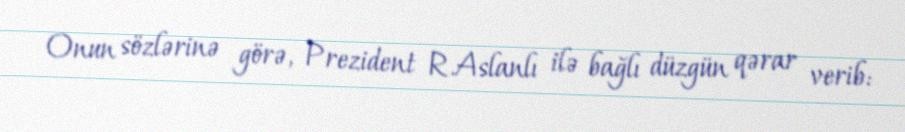
Onun sözlərinə görə, Prezident R.Aslanlı ilə bağlı düzgün qərar verib: